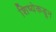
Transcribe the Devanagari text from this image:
शिष्येकडून